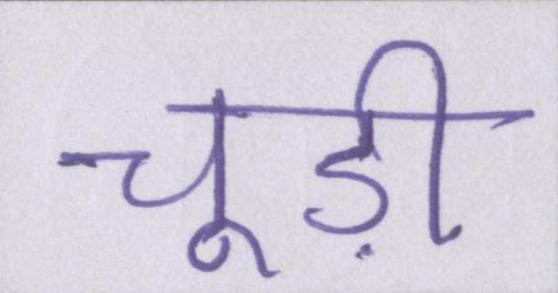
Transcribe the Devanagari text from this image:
चूड़ी